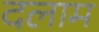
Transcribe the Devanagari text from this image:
दलाम